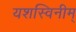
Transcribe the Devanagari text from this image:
यशस्विनीम्‌